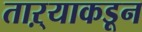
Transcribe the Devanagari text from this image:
ताऱ्याकडून